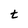
Character: t